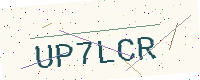
Text: UP7LCR